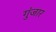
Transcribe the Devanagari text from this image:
गुंजार